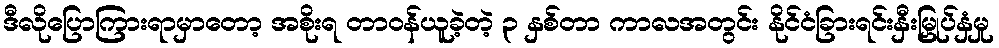
ဒီလိုပြောကြားရာမှာတော့ အစိုးရ တာဝန်ယူခဲ့တဲ့ ၃ နှစ်တာ ကာလအတွင်း နိုင်ငံခြားရင်းနှီးမြှုပ်နှံမှု